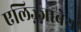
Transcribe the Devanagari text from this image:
एलिज़्ज़ाबेथ